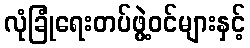
လုံခြုံရေးတပ်ဖွဲ့ဝင်များနှင့်